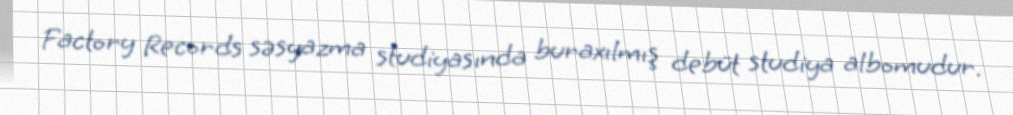
Factory Records səsyazma studiyasında buraxılmış debüt studiya albomudur.